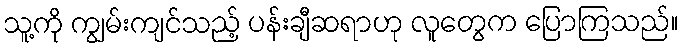
သူ့ကို ကျွမ်းကျင်သည့် ပန်းချီဆရာဟု လူတွေက ပြောကြသည်။